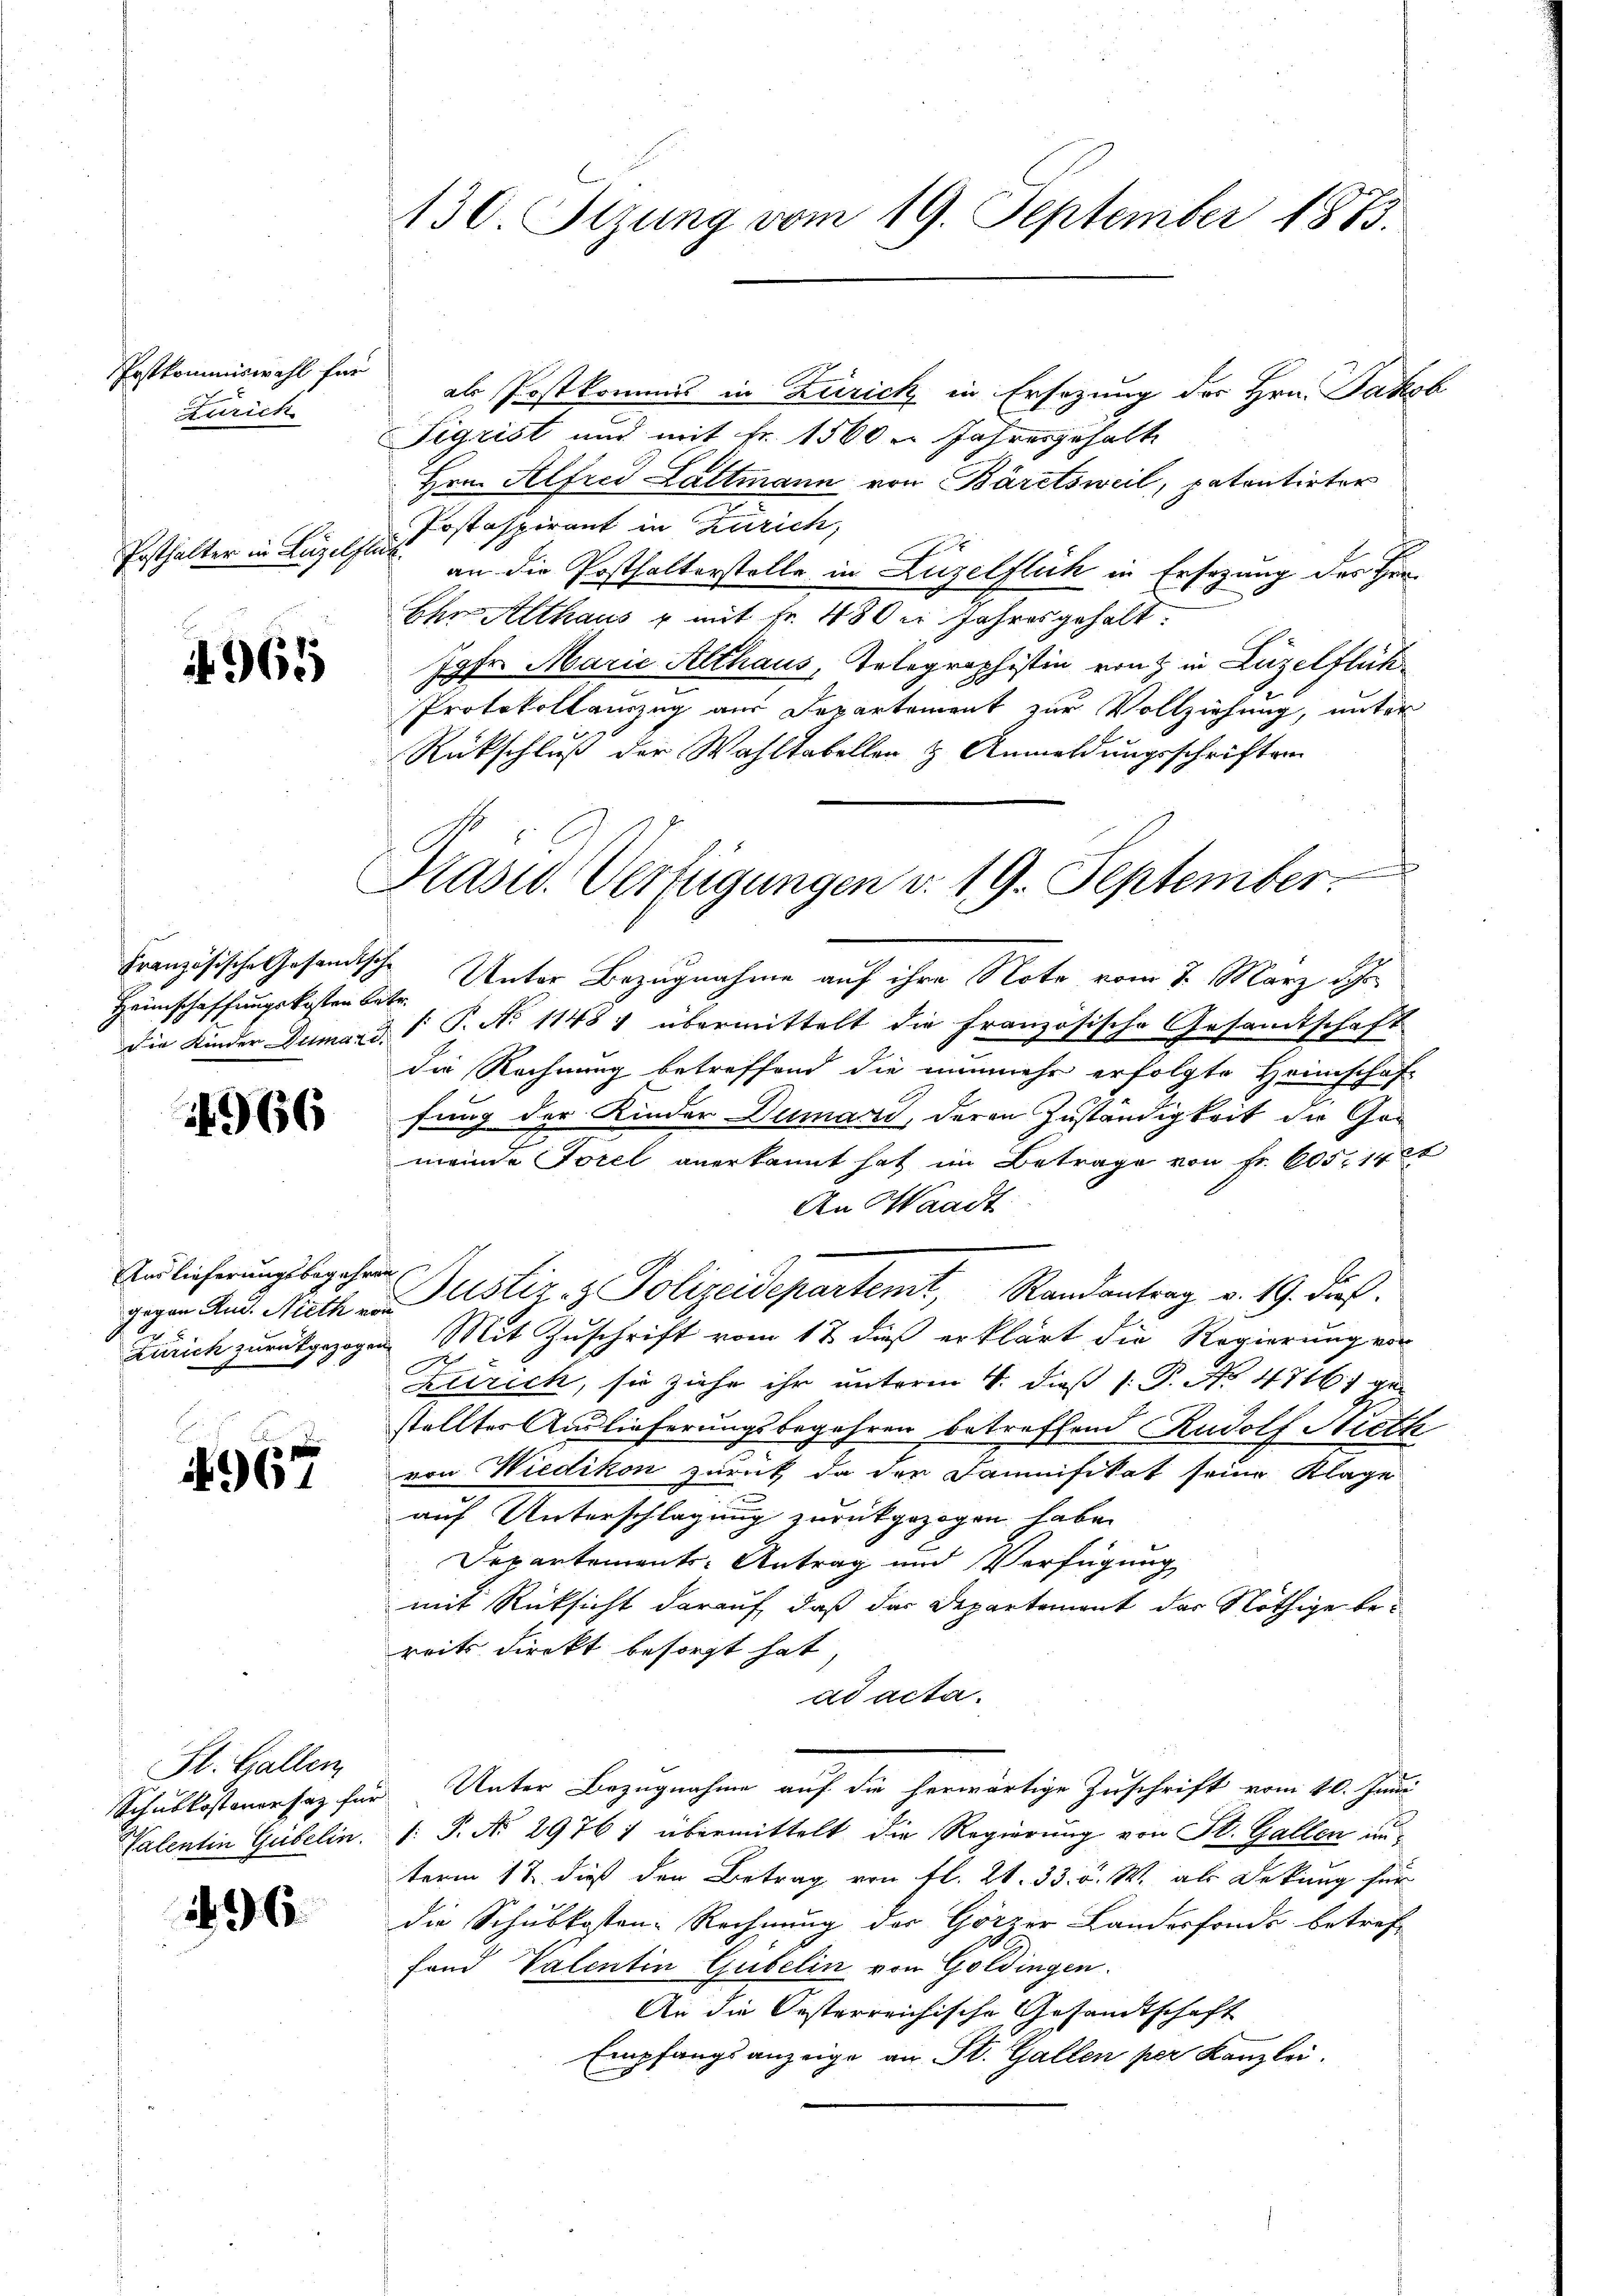
Postkommiswahl für
d
Zürich

Posthalter in Luzelflichk

965

Heimschaffungskosten betr.

966

Auslieferungsbegehren

4967

St. Gallen
Schubkostenorsatz fü
Valentin Gubelin.

196

als Postkommis in Zürich in Ersezung der Hrn. Jakob
Sigrist und mit Fr. 1560 n Jahresgehalte
Hrn. Alfred Lattmann von Bäretsweil, patentirter
Postaspirant in Zürich,
an die Posthalterstelle in Luzelflich in Ersezung des Her¬
Ehn Althaus u. mit Fr. 480 n Jahres gehalt.
Jgfr. Marie Althaus, Telegraphistin von & in Luzelflüch¬
Protokollauszug aus Departement zur Vollziehung, unter
Rückschluß der Wahltabellen & Anmeldungsschriften
Präsid. Verfügungen v. 19. September.

130. Sizung vom 19. September 1873.

Französische Gesandtische Unter Bezugnahme auf ihre Note vom 7. März d. Js.
Die Kinder Dumards P. No 1148 übermittelt die französische Gesandtschaft
die Rechnung betreffend die nunmehr erfolgte Heimschaft
fung der Kinder Dumari, deren Zuständigkeit die Ge¬
2
meinde Forel anerkannt hat im Betrage von Fr. 605, 14 t
An Waadt
gegen And. Nach in Justiz- & Polizeidepartemt, Randantrag v. 19. dieß.
Zürich zurückgezogen. Mit Zuschrift vom 18 dieß erklärt die Regierung von
De
Klrich, sie ziehe ihr unterm 4. dieß (: P. No. 47161 ge
stellter Auslieferungsbegehren betreffend Rudolf Nieth
von Wiedikon zurück da der Daunifikat seine Klage
auf Unterschlagung zurückgezogen habe.
Departements-Antrag und Verfügung
mit Rücksicht darauf, daß der Departement der Nöthige bereits direkt besorgt hat,
ad acta.
 Unter Bezugnahme auf die herwärtige Zuschrift vom 10. Juni
: P. No 29761 übermittelt die Regierung von St. Gallen unterm 12. dieß den Betrag von fl. 21. 33. v. W. als Dekung für
die Schubkosten-Rechnung der Görzer Landesfonds betreffand Valentin Gubelin von Goldingen.
An die Oesterreichische Gesandtschaft
Empfangsanzeige an St. Gallen per Kanzlei.